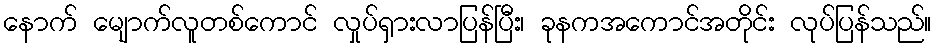
နောက် မျောက်လူတစ်ကောင် လှုပ်ရှားလာပြန်ပြီး၊ ခုနကအကောင်အတိုင်း လုပ်ပြန်သည်။